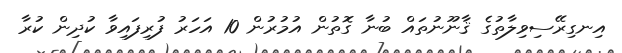
އިނގިރޭސިވިލާތުގެ ޤާނޫނުތައް ބުނާ ގޮތުން އުމުރުން 10 އަހަރު ފުރިފައިވާ ކުދިން ކުރާ